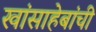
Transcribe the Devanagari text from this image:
खांसाहेबांची